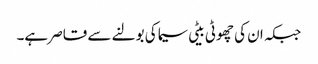
جبکہ ان کی چھوٹی بیٹی سیما کی بولنے سے قاصر ہے۔